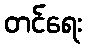
တင်ရေး